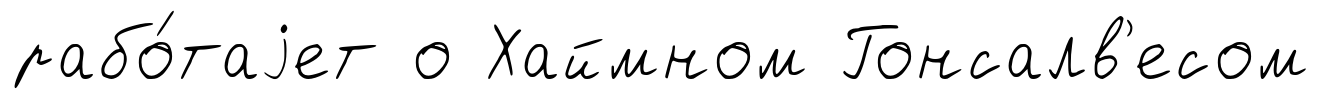
рабо́таjет о Хаймном Гонсалв'есом